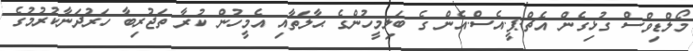
މޯލްޑިވްސް ގުޅިގެން އެޗް.ޕީ.އެސް.އެން ގެ ބަލިމީހުންގެ ޙާލަތާއި އެމީހުން ކުރާ ތަޖުރިބާ ހަރުދަނާކުރުމުގެ